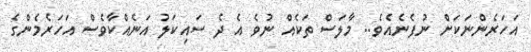
އަހަރެންނަކަށް ނުފެނެއެވެ.. މާލަސް ތަކެއް ނުވެ އެ ދެ ސައިކަލު އަނެއްކާވެސް އަހަރެމެންގެ